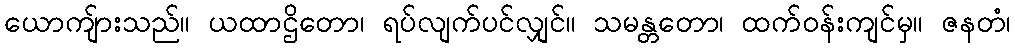
ယောကျ်ားသည်။ ယထာဌိတော၊ ရပ်လျက်ပင်လျှင်။ သမန္တတော၊ ထက်ဝန်းကျင်မှ။ ဇနတံ၊